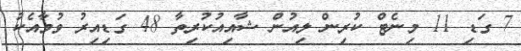
7 ގަޑި 11 މިނެޓް ކުރިން ލިއުން ޝާއިއުކުރިތާ 48 ގަޑިއިރު ވުމާއެކު